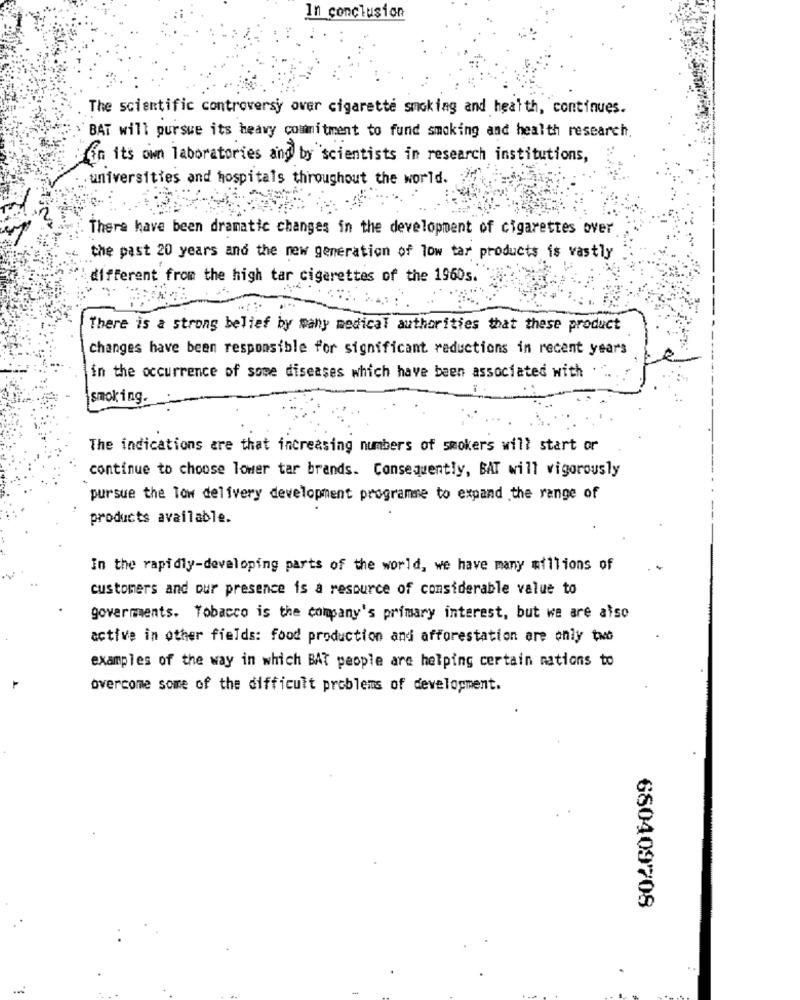
In conclusion
The scientific controversy over cigarette smoking and health, continues.
BAT will pursue its heavy commitment to fund smoking and health research.
in its own laboratories and by scientists in research institutions,
. universities and hospitals throughout the world.
There have been dramatic changes in the development of cigarettes over
---
the past 20 years and the new generation of low tar products is vastly
different from the high tar cigarettes of the 1960s.
-----
There is a strong belief by many medical authorities that these product
changes have been responsible for significant reductions in recent years
-------
in the occurrence of some diseases which have been associated with
smoking.
The indications are that increasing numbers of smokers will start or
continue to choose lower tar brands. Consequently, BAT will vigorously
pursue the low delivery development programme to expand the range of
products available.
In the rapidly-developing parts of the world, we have many millions of
customers and our presence is a resource of considerable value to
governments. Tobacco is the company's primary interest, but we are also
active in other fields: food production and afforestation are only two
examples of the way in which BAT people are helping certain nations to
overcome some of the difficult problems of development.
680409708
.
..